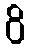
ဝိ